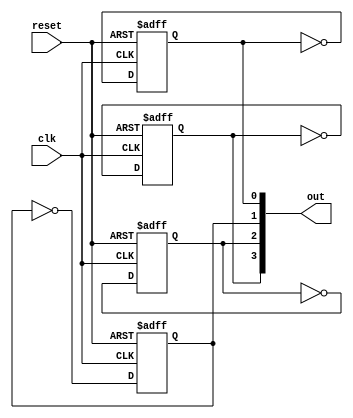
module behavioral_model #(
    parameter NUM_INSTANCES = 4,  // Number of instances to generate
    parameter CONDITION = 1        // Condition to control indefinite execution
)(
    input wire clk,                // Clock signal
    input wire reset,              // Reset signal
    output reg [NUM_INSTANCES-1:0] out // Output signals
);

    // Generate variable
    genvar i;

    // Generate loop to instantiate multiple instances of a module
    generate
        for (i = 0; i < NUM_INSTANCES; i = i + 1) begin : instance_loop
            // Conditional logic for each instance
            always @(posedge clk or posedge reset) begin
                if (reset) begin
                    out[i] <= 0; // Reset output
                end else if (CONDITION) begin
                    // Example behavior: toggle output based on condition
                    out[i] <= ~out[i];
                end
            end
        end
    endgenerate

endmodule